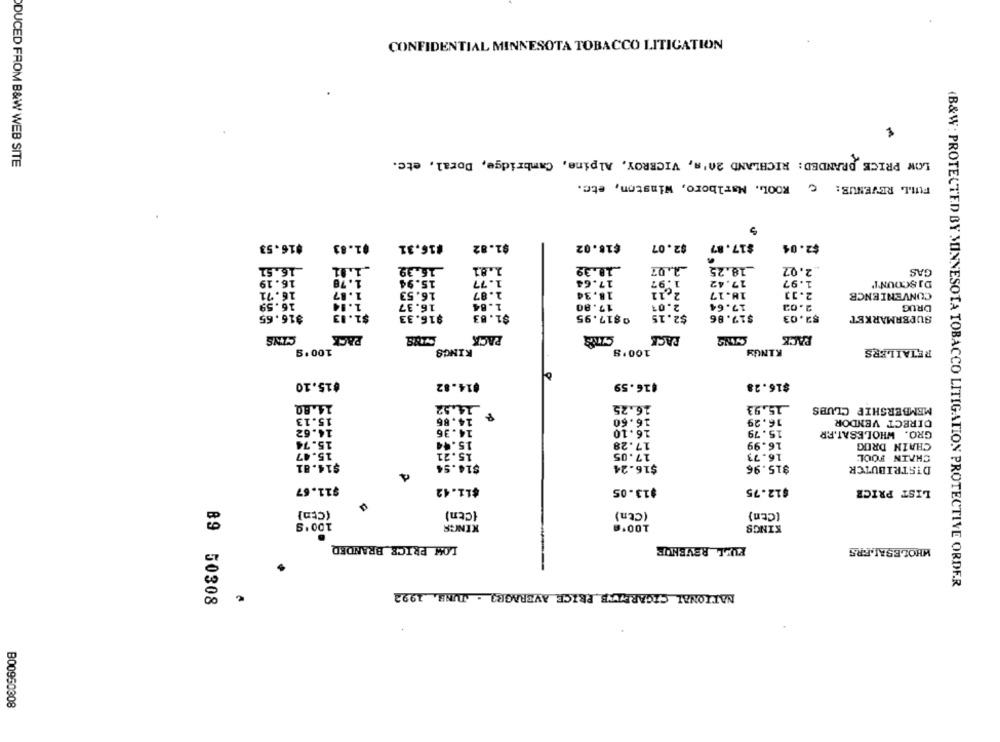
CONFIDENTIAL MINNESOTA TOBACCO LITIGATION
LOW PRICE DRANDED: RICHLAND 20's, VICEROY, Alpine, Cambridge, Doral, etc.
DUCED FROM B&W WEB SITE
FILL REVENUE: C KOOL. Marlboro, Winston, etc.
#16.53
$1.83
#16.31
$1.82
$18.02
$2.07
$17.87
$2.04
_1.01
2 .. 07
_18.25
2.02
16.51
16.39
1.81
_10.39
GAS
16.19
1.78
15.94
1.77
17.64
1.97
17.42
1.97
DISCOUNT
16.71
1.87
16.53
2.87
18.34
2.11
18.17
2.11
CONVENIENCE
16.59
1.14
16.37
17.80
2.01
17.64
1.84
2.02
DRUG
$16.65
$1.13
$16.33
$1.83
@$17.95
$2.15
$17.86
$2.03
SUPERMARKET
CINS
PACK
PACK
PACE
PACK
RETAILERS
100*g
KINGS
100'S
KINGY
$15.10
@14.82
$16.59
$16.28
14.80
14.52
16.25
15,93
MEMBERSHIP CLUBS
15.13
14.86
16.60
16.29
DIRECT VENDOR
14.62
14.36
16.10
15.79
GRO. WHOLESAT.F.R
15.74
15.44
17.28
16.99
CHAIN DRUG
15.47
15.21
17.05
16.73
CHAIN FOUL
$14.54
$16.24
$15.96
DISTRIBUTCR
$11.67
$11.42
$13.05
$12.75
LIST PRICE
(Ctn]
{Cen)
(Ctn)
(Ctn)
100'S
KINGS
100℃
KINGS
LOW PRICE BRANDED
FULL REVENUE
WHOLESALERS
€
NATIONAL CIGARETTE PRICE AVERAGES - TUNE. 1992
(B&W : PROTECTED BY MINNESOTA TOBACCO LITIGATION PROTECTIVE ORDER
89 50308
B00950308